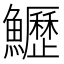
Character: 𩽏